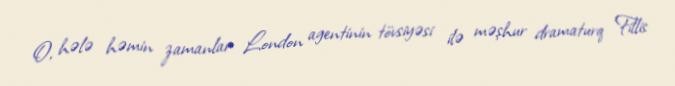
O, hələ həmin zamanlar London agentinin tövsiyəsi ilə məşhur dramaturq Fillis